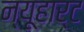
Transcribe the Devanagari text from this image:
न्यूहार्ट